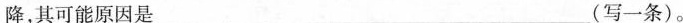
下降，其可能原因是___(写一条)。